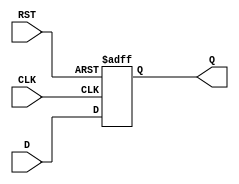
module stage_register #(
    parameter WIDTH = 8  // Parameter for data width, can be adjusted as needed
) (
    input wire [WIDTH-1:0] D,   // Data input
    input wire CLK,              // Clock input
    input wire RST,              // Reset input
    output reg [WIDTH-1:0] Q     // Data output
);

    // Synchronous reset and data capture on clock edge
    always @(posedge CLK or posedge RST) begin
        if (RST) begin
            Q <= {WIDTH{1'b0}};  // Reset output to zero
        end else begin
            Q <= D;              // Capture data on clock edge
        end
    end

endmodule